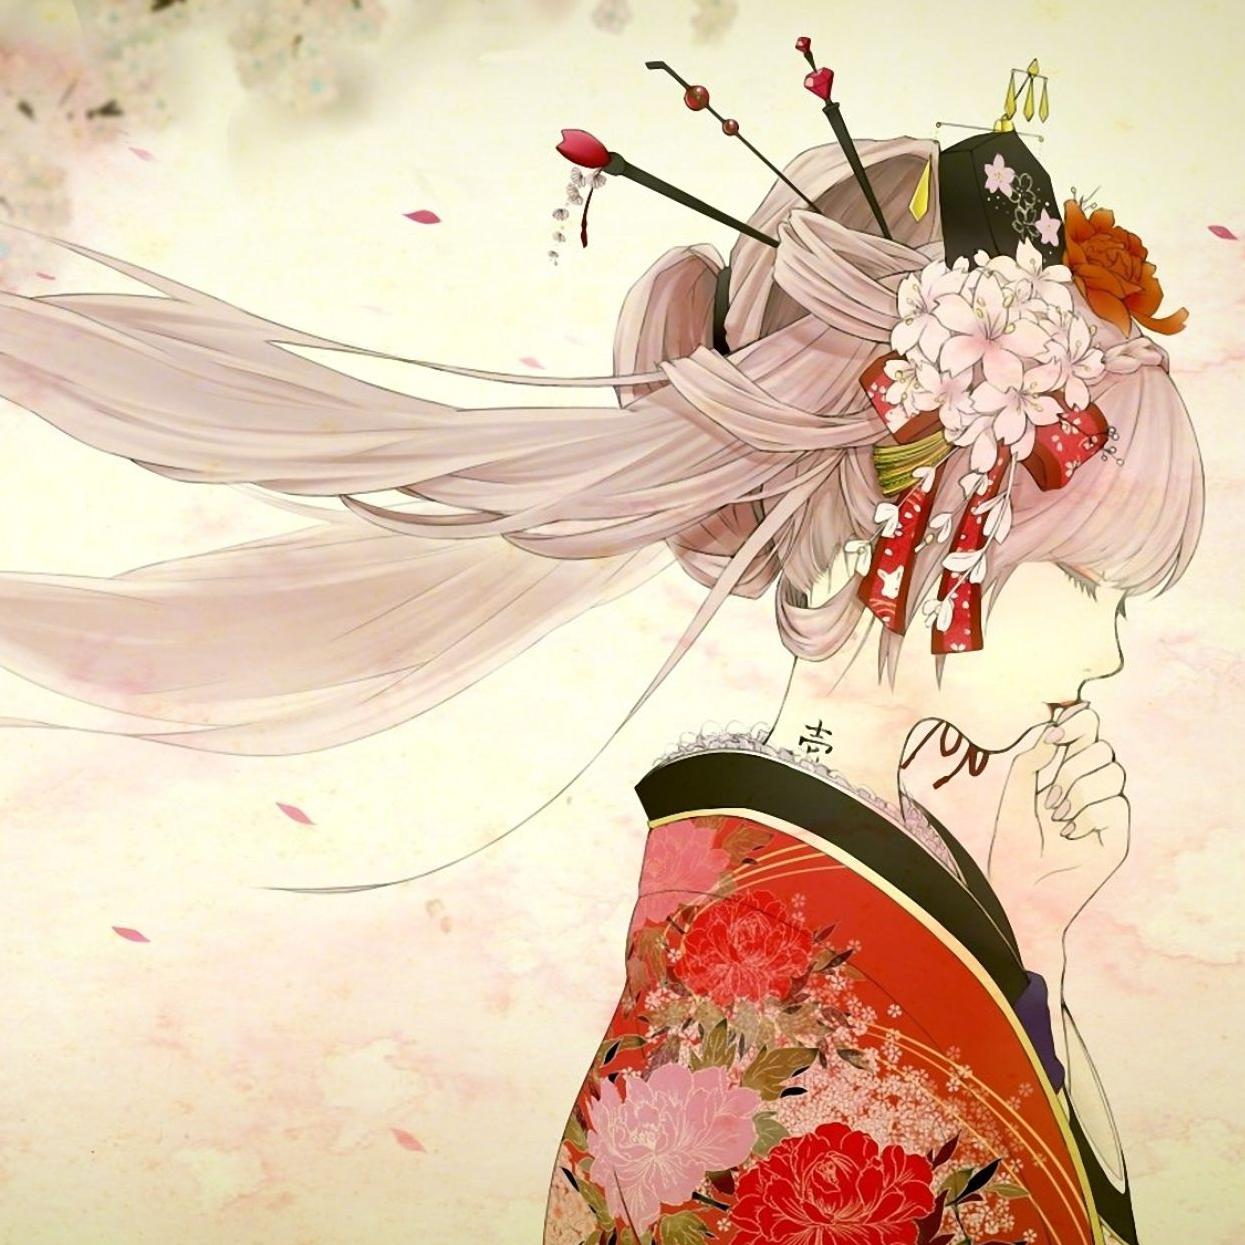
血染红笺，泪题锦句。西湖岂忆相思苦。